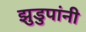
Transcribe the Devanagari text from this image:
झुडुपांनी